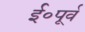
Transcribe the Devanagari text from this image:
ई॰पूर्व